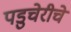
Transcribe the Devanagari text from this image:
पडुचेरीचे